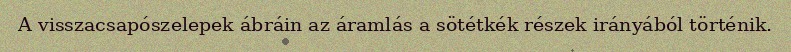
A visszacsapószelepek ábráin az áramlás a sötétkék részek irányából történik.